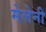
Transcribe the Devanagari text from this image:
मेलेनी